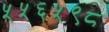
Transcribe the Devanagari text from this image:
५५६५९८